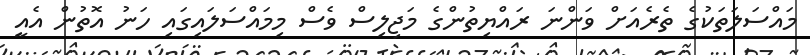
މައްސަލަތަކުގެ ތެރެއަށް ވަންނަ ރައްޔިތުންގެ މަޖިލިސް ވެސް މިމައްސަލައިގައި ހަނު އޮތުން އެއީ